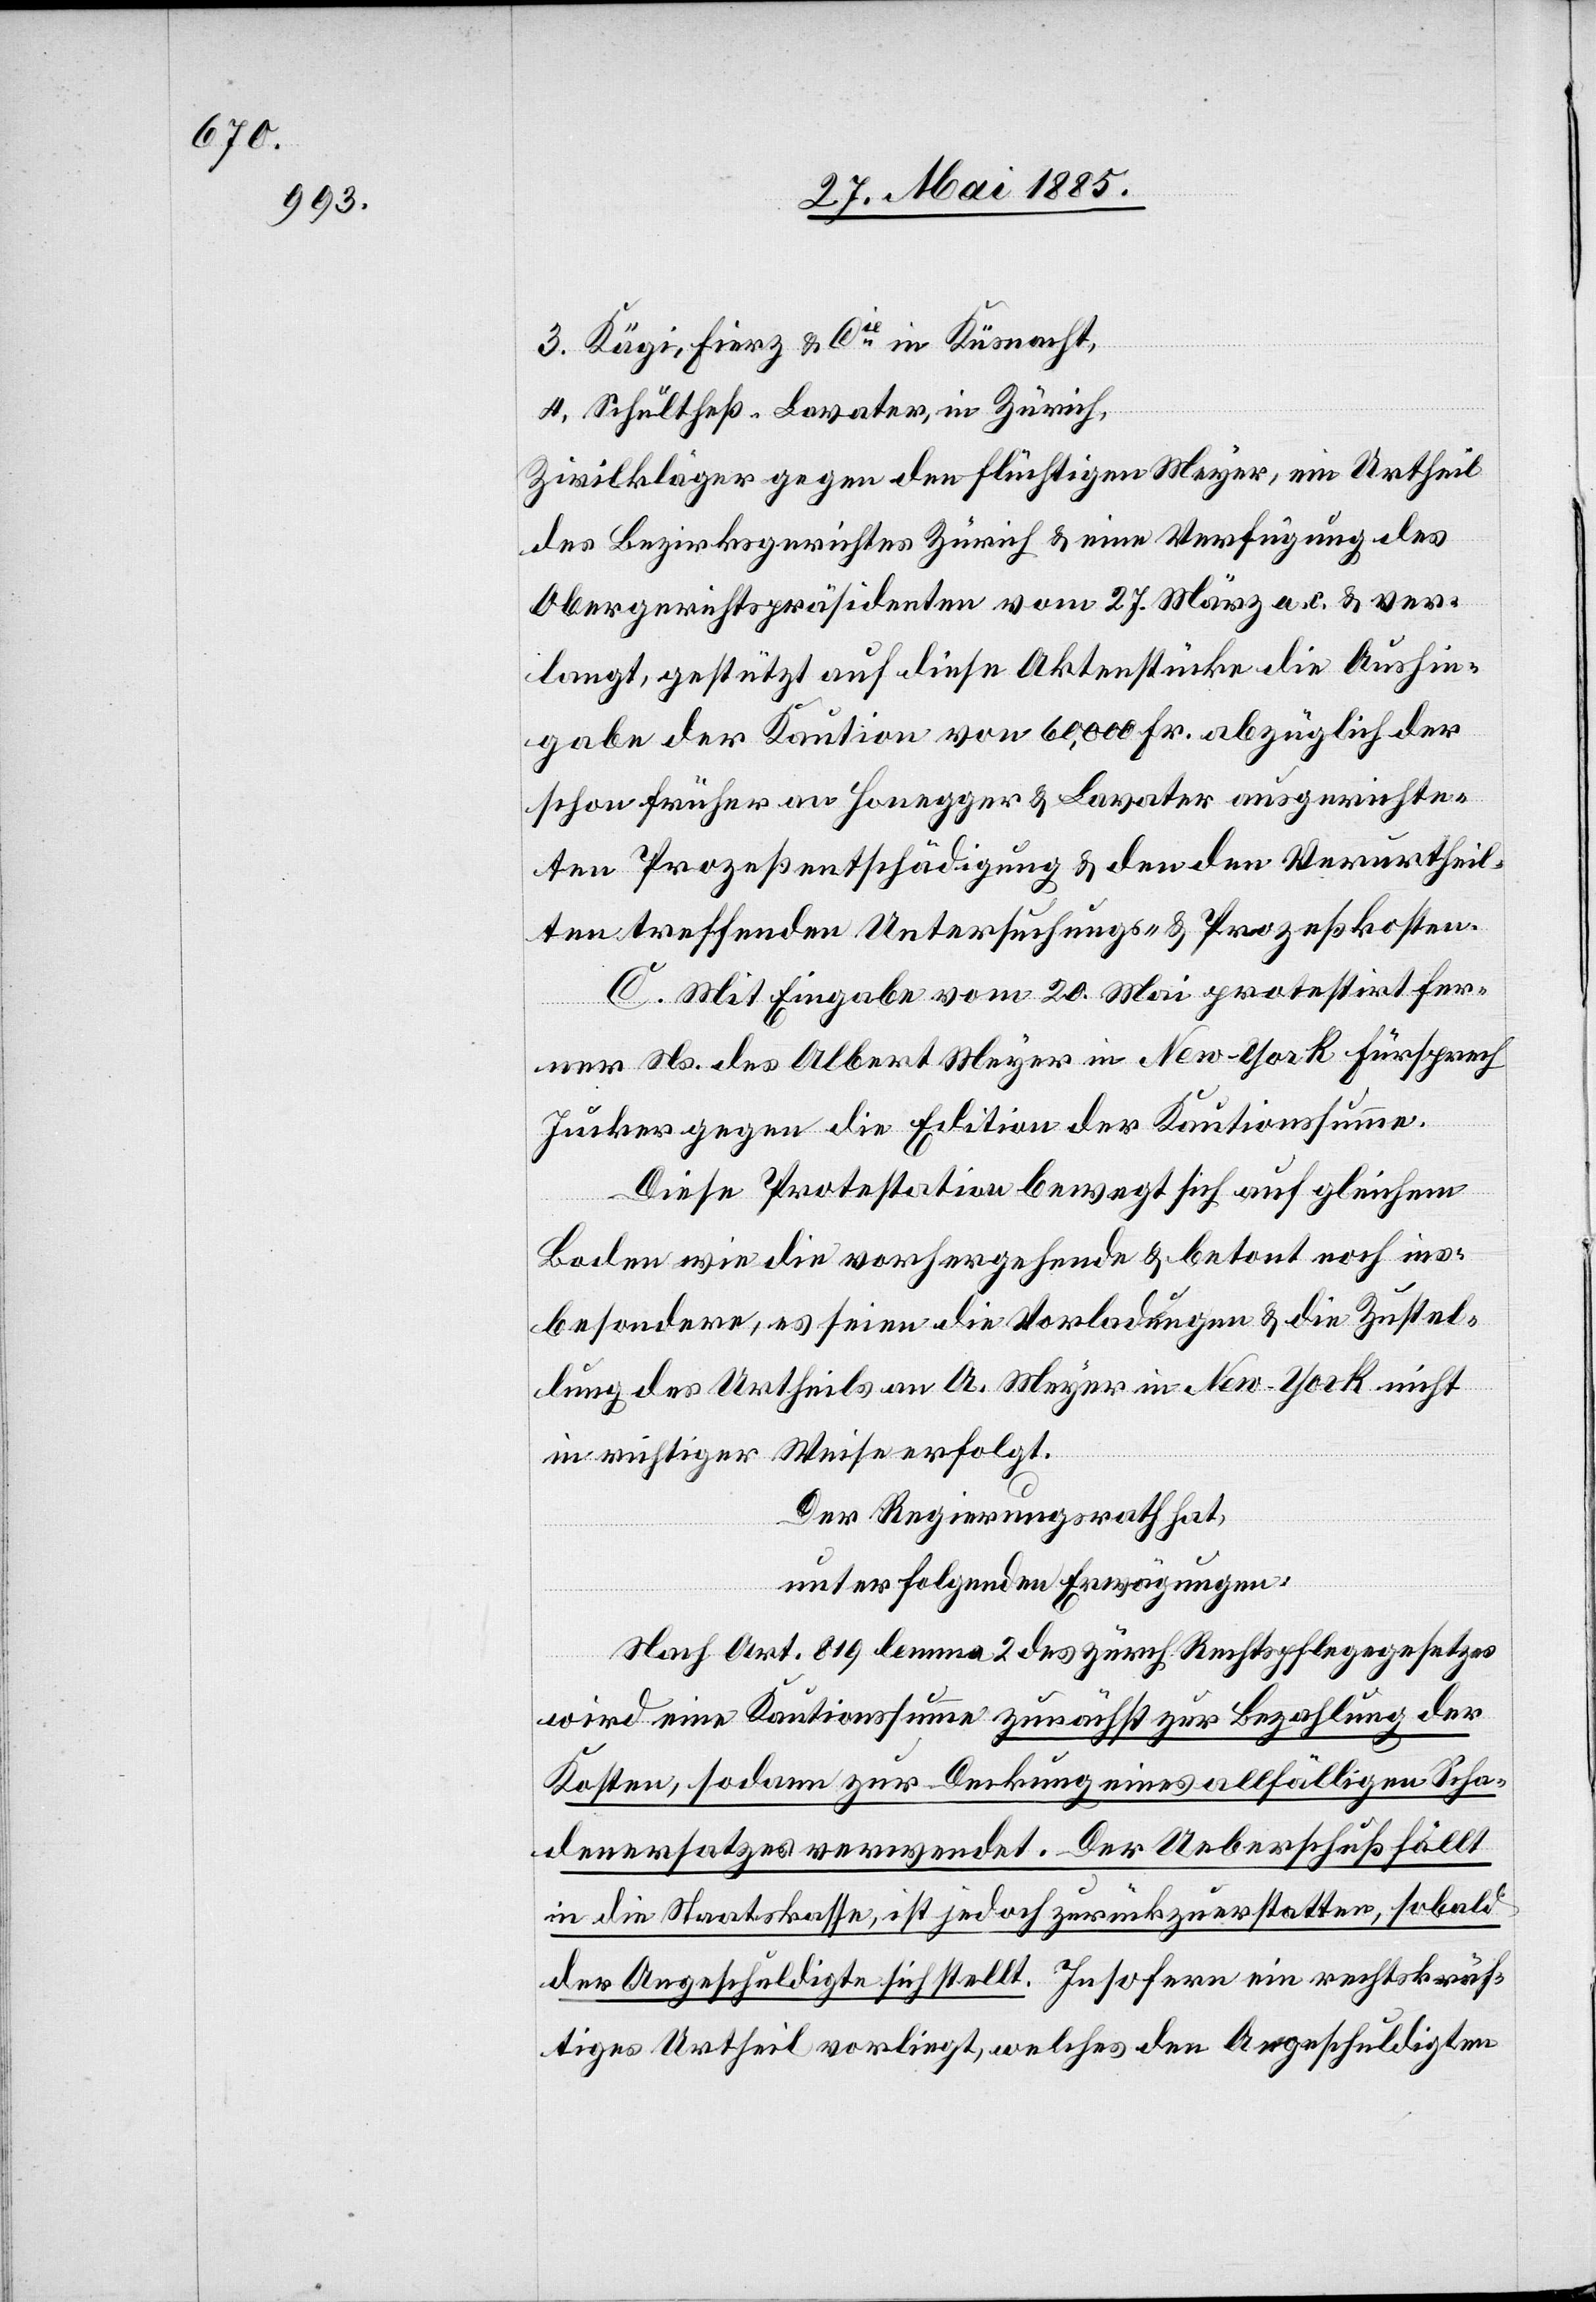
Zivilkläger gegen den flüchtigen Meyer, ein Urtheil
des Bezirksgerichtes Zürich & eine Verfügung des
Obergerichtspräsidenten vom 27. März a. c. & ver¬
langt, gestützt auf diese Aktenstücke die Aushin¬
gabe der Kaution von 60,000 Fr. abzüglich der
schon früher an Honegger & Lavater ausgerichte¬
ten Prozeßentschädigung & den den Verurtheil¬
ten treffenden Untersuchungs- & Prozeßkosten.
C. Mit Eingabe vom 20. Mai protestirt fer¬
ner Ns. des Albert Meyer in New-York Fürsprech
Jucker gegen die Edition der Kautionssumme.
Diese Protestation bewegt sich auf gleichem
in
Boden wie die vorhergehende & betont noch ins¬
besondere, es seien die Vorladungen & die Zustel¬
lung des Urtheils an A. Meyer in New-York nicht
in richtiger Weise erfolgt.
Der Regierungsrath hat,
unter folgenden Erwägungen:
Nach Art. 819 lemma 2 des zürch. Rechtspflegegesetzes
wird eine Kautionssumme zunächst zur Bezahlung der
Kosten, sodann zur Deckung eines allfälligen Scha¬
denersatzes verwendet. Der Ueberschuß fällt
in die Staatskasse, ist jedoch zurückzuerstatten, sobald
der Angeschuldigte sich stellt. Insofern ein rechtskräf¬
tiges Urtheil vorliegt, welches den Angeschuldigten